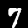
Digit: 7